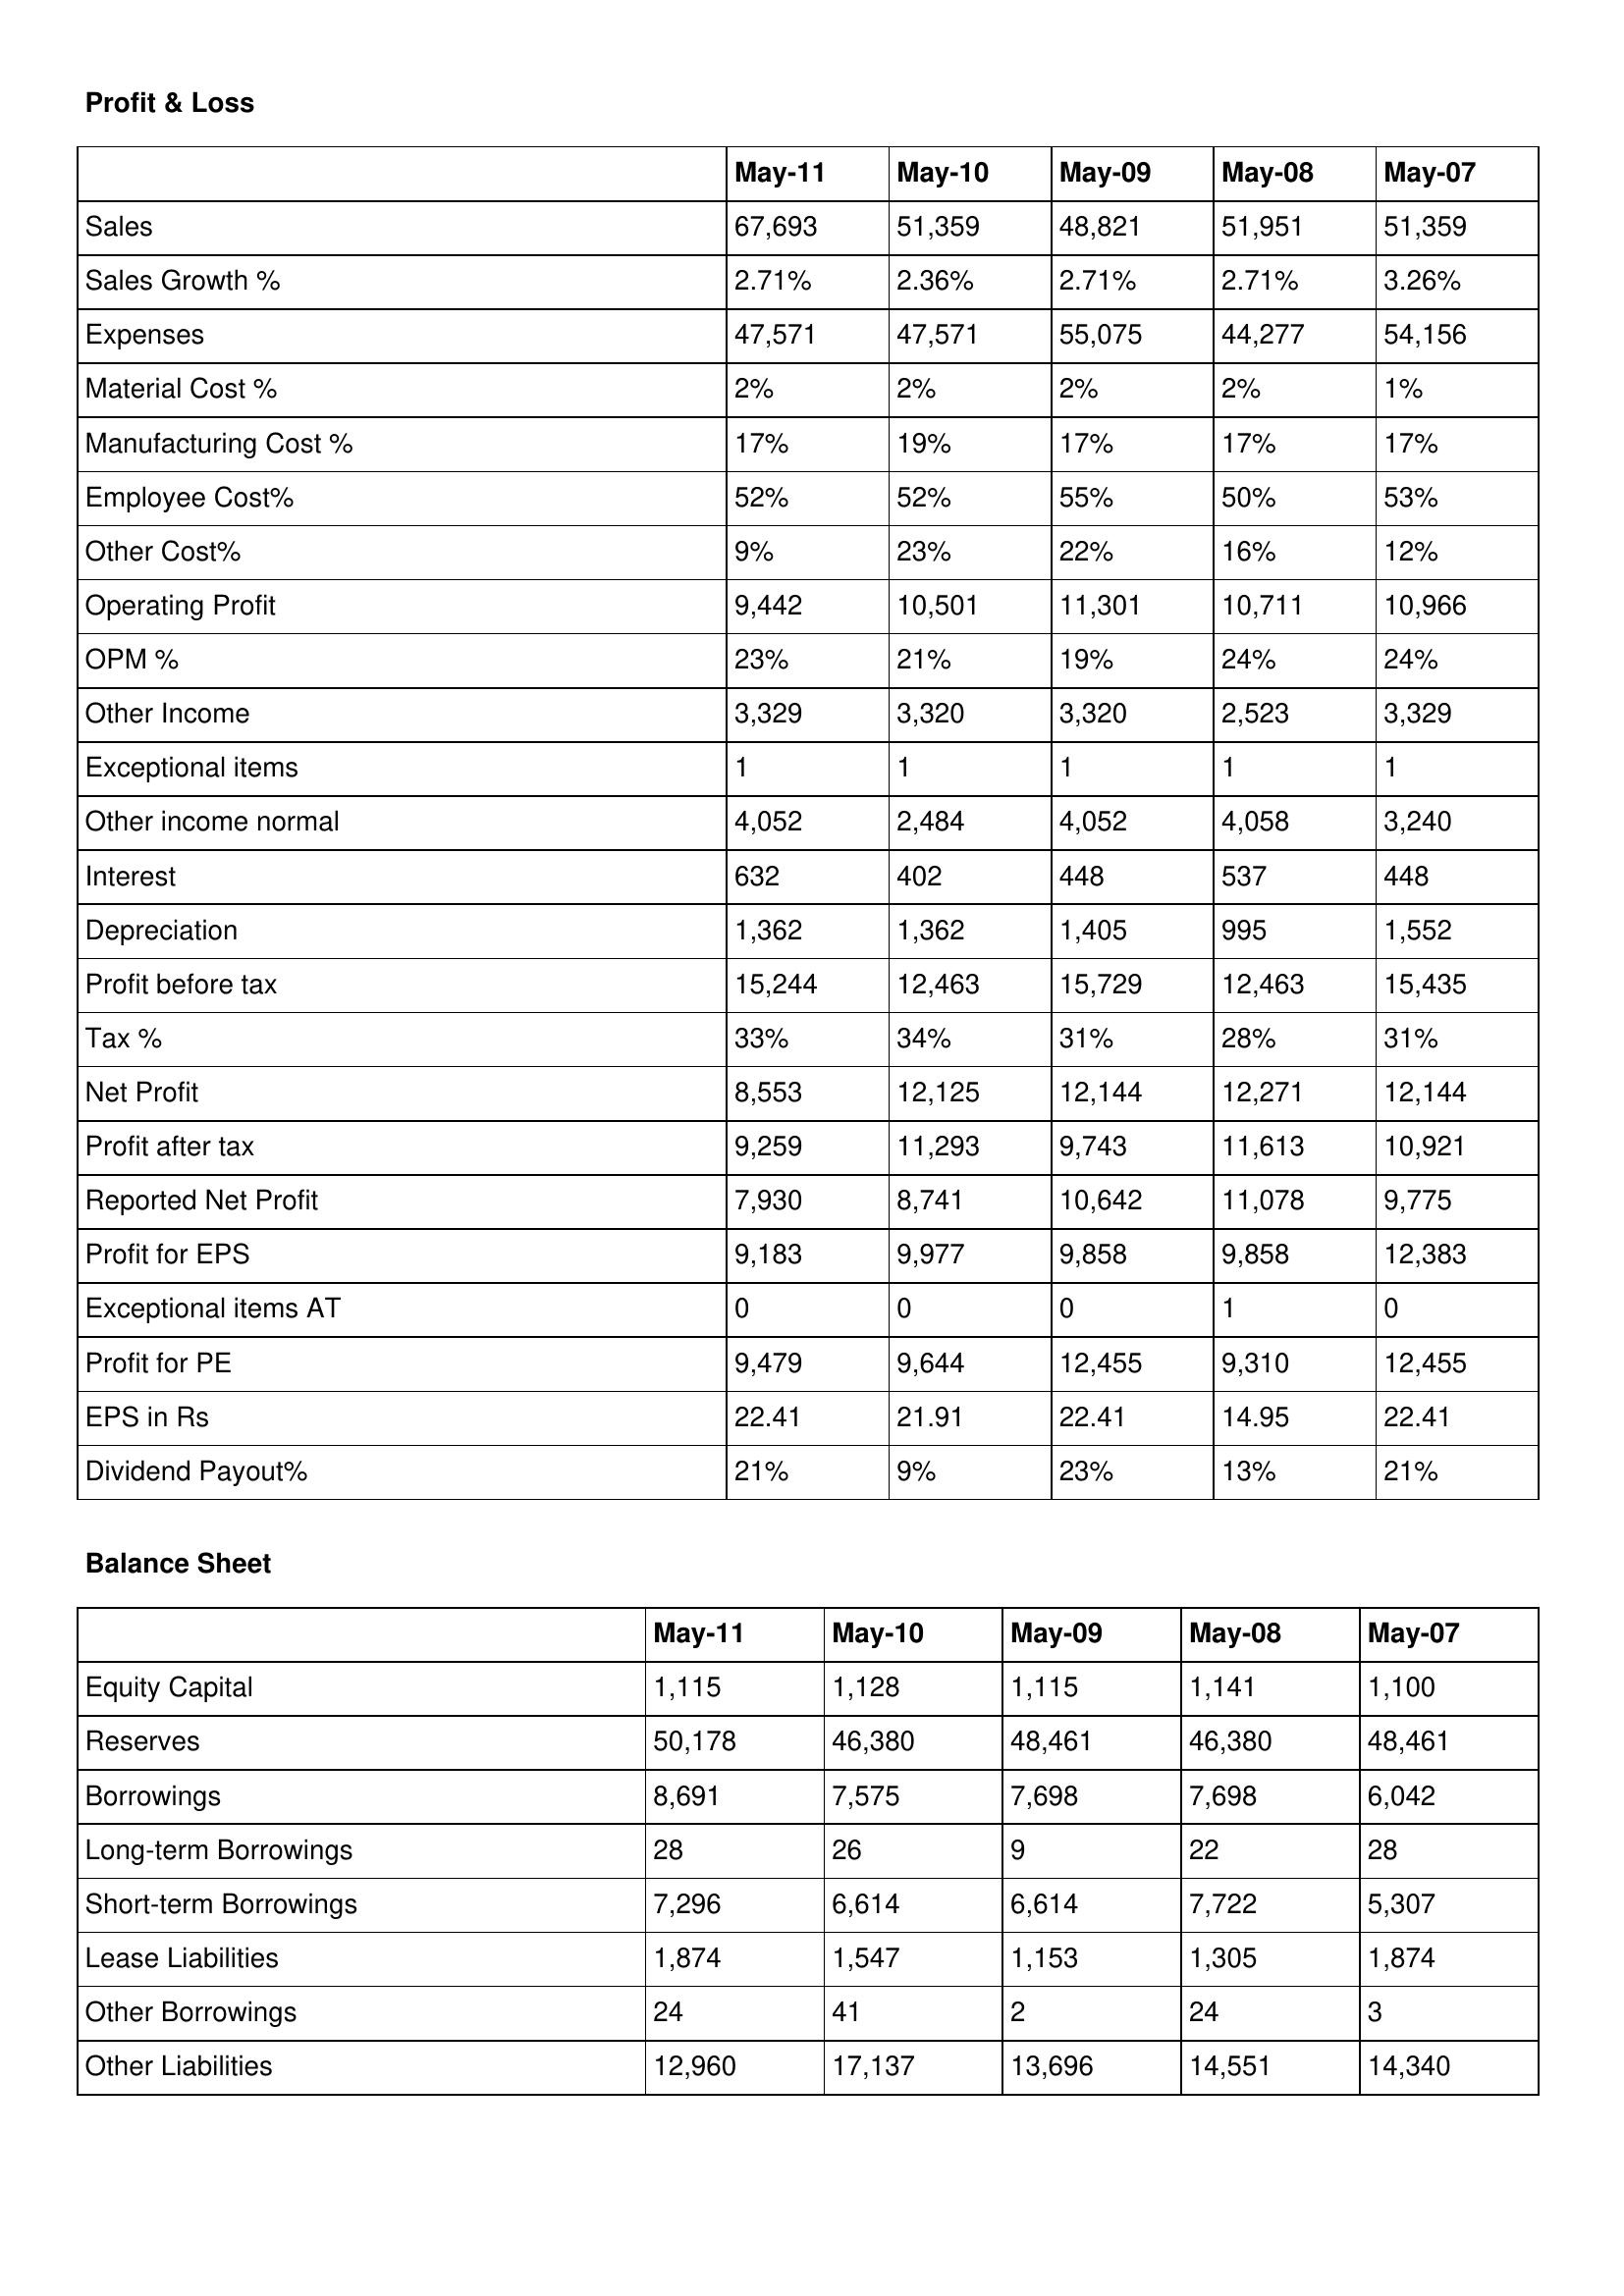
gt_parse: May-11: Profit & Loss: Sales: 67,693
Sales Growth %: 2.71%
Expenses: 47,571
Material Cost %: 2%
Manufacturing Cost %: 17%
Employee Cost%: 52%
Other Cost%: 9%
Operating Profit: 9,442
OPM %: 23%
Other Income: 3,329
Exceptional items: 1
Other income normal: 4,052
Interest: 632
Depreciation: 1,362
Profit before tax: 15,244
Tax %: 33%
Net Profit: 8,553
Profit after tax: 9,259
Reported Net Profit: 7,930
Profit for EPS: 9,183
Exceptional items AT: 0
Profit for PE: 9,479
EPS in Rs: 22.41
Dividend Payout%: 21%
Balance Sheet: Equity Capital: 1,115
Reserves: 50,178
Borrowings: 8,691
Long-term Borrowings: 28
Short-term Borrowings: 7,296
Lease Liabilities: 1,874
Other Borrowings: 24
Other Liabilities: 12,960
May-10: Profit & Loss: Sales: 51,359
Sales Growth %: 2.36%
Expenses: 47,571
Material Cost %: 2%
Manufacturing Cost %: 19%
Employee Cost%: 52%
Other Cost%: 23%
Operating Profit: 10,501
OPM %: 21%
Other Income: 3,320
Exceptional items: 1
Other income normal: 2,484
Interest: 402
Depreciation: 1,362
Profit before tax: 12,463
Tax %: 34%
Net Profit: 12,125
Profit after tax: 11,293
Reported Net Profit: 8,741
Profit for EPS: 9,977
Exceptional items AT: 0
Profit for PE: 9,644
EPS in Rs: 21.91
Dividend Payout%: 9%
Balance Sheet: Equity Capital: 1,128
Reserves: 46,380
Borrowings: 7,575
Long-term Borrowings: 26
Short-term Borrowings: 6,614
Lease Liabilities: 1,547
Other Borrowings: 41
Other Liabilities: 17,137
May-09: Profit & Loss: Sales: 48,821
Sales Growth %: 2.71%
Expenses: 55,075
Material Cost %: 2%
Manufacturing Cost %: 17%
Employee Cost%: 55%
Other Cost%: 22%
Operating Profit: 11,301
OPM %: 19%
Other Income: 3,320
Exceptional items: 1
Other income normal: 4,052
Interest: 448
Depreciation: 1,405
Profit before tax: 15,729
Tax %: 31%
Net Profit: 12,144
Profit after tax: 9,743
Reported Net Profit: 10,642
Profit for EPS: 9,858
Exceptional items AT: 0
Profit for PE: 12,455
EPS in Rs: 22.41
Dividend Payout%: 23%
Balance Sheet: Equity Capital: 1,115
Reserves: 48,461
Borrowings: 7,698
Long-term Borrowings: 9
Short-term Borrowings: 6,614
Lease Liabilities: 1,153
Other Borrowings: 2
Other Liabilities: 13,696
May-08: Profit & Loss: Sales: 51,951
Sales Growth %: 2.71%
Expenses: 44,277
Material Cost %: 2%
Manufacturing Cost %: 17%
Employee Cost%: 50%
Other Cost%: 16%
Operating Profit: 10,711
OPM %: 24%
Other Income: 2,523
Exceptional items: 1
Other income normal: 4,058
Interest: 537
Depreciation: 995
Profit before tax: 12,463
Tax %: 28%
Net Profit: 12,271
Profit after tax: 11,613
Reported Net Profit: 11,078
Profit for EPS: 9,858
Exceptional items AT: 1
Profit for PE: 9,310
EPS in Rs: 14.95
Dividend Payout%: 13%
Balance Sheet: Equity Capital: 1,141
Reserves: 46,380
Borrowings: 7,698
Long-term Borrowings: 22
Short-term Borrowings: 7,722
Lease Liabilities: 1,305
Other Borrowings: 24
Other Liabilities: 14,551
May-07: Profit & Loss: Sales: 51,359
Sales Growth %: 3.26%
Expenses: 54,156
Material Cost %: 1%
Manufacturing Cost %: 17%
Employee Cost%: 53%
Other Cost%: 12%
Operating Profit: 10,966
OPM %: 24%
Other Income: 3,329
Exceptional items: 1
Other income normal: 3,240
Interest: 448
Depreciation: 1,552
Profit before tax: 15,435
Tax %: 31%
Net Profit: 12,144
Profit after tax: 10,921
Reported Net Profit: 9,775
Profit for EPS: 12,383
Exceptional items AT: 0
Profit for PE: 12,455
EPS in Rs: 22.41
Dividend Payout%: 21%
Balance Sheet: Equity Capital: 1,100
Reserves: 48,461
Borrowings: 6,042
Long-term Borrowings: 28
Short-term Borrowings: 5,307
Lease Liabilities: 1,874
Other Borrowings: 3
Other Liabilities: 14,340